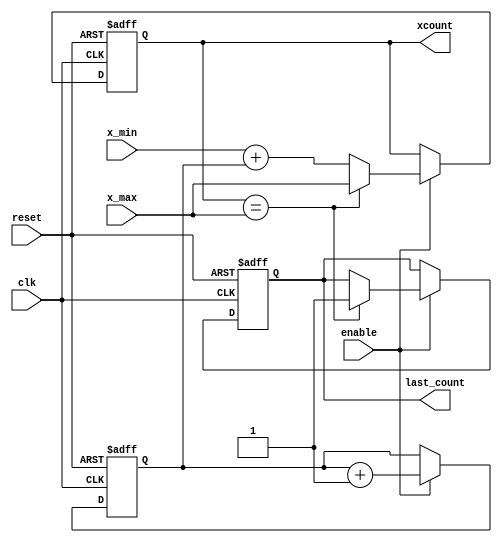
// binary_counter
// Algorithm :: implementing the for loop 
// for (int x = x0; x <= x1; x++)
// "last_count" signal goes high after the last count
// unit type :: sequential
// Note      :: all arithmetic operations will use signed (2'complement) 10-bit width
// NOTE      :: THIS BLOCK NEEDS RESET SIGNAL BEFORE OPERATION (AFTER GLOBAL RESET)

module binary_counter
#(parameter WIDTH=10)
(
	input clk, enable, reset,
	input [WIDTH-1:0] x_min, x_max,
	output reg [WIDTH-1:0] xcount,
	output reg last_count
);

reg [WIDTH-1:0] count;
	// Reset if needed, or increment if counting is enabled
	always @ (posedge clk or posedge reset)
	begin
		if (reset)
			begin
				count <= 0;
				xcount <= 0;
				last_count <= 1'b0;
			end
		else if (enable)
			begin
				xcount <= x_min + count;
				if(xcount == x_max)
					begin
						last_count <= 1'b1;
						xcount <= x_max;
					end
						count <= count + 1'b1;
				
			end
	end

endmodule